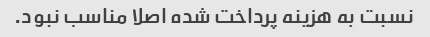
نسبت به هزینه پرداخت شده اصلا مناسب نبود.